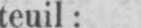
teuil: